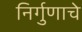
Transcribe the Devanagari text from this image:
निर्गुणाचे